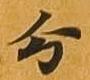
分